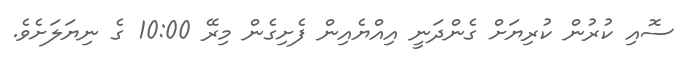
ސޮއި ކުރުން ކުރިޔަށް ގެންދަނީ އިއްޔެއިން ފެށިގެން މިރޭ 10:00 ގެ ނިޔަލަށެވެ.